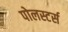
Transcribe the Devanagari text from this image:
पोलस्टर्स